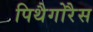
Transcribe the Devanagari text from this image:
पिथैगोरैस